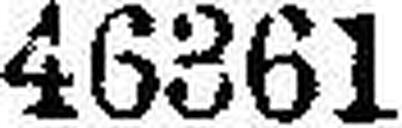
46361